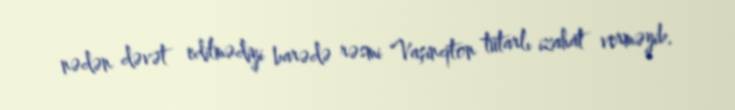
nədən dəvət edilmədiyi barədə rəsmi Vaşinqton tutarlı izahat verməyib.